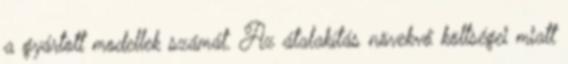
a gyártott modellek számát. Az átalakítás növekvő költségei miatt